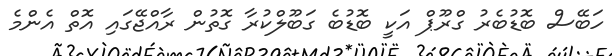
ހަބޭސް ބޮޑުބެރު ގްރޫޕް އަކީ ބޮޑުބެ ގަބޫލްކުރާ ގޮތުން ރާއްޖޭގައި އޮތް އެންމެ